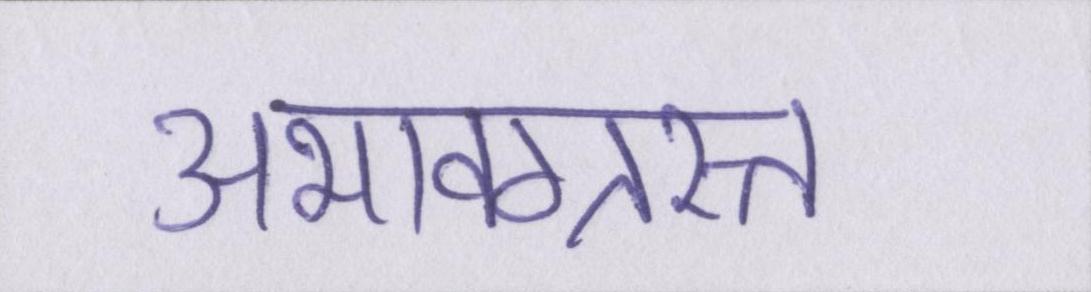
अभावग्रस्त